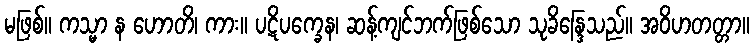
မဖြစ်။ ကသ္မာ န ဟောတိ၊ ကား။ ပဋိပက္ခေန၊ ဆန့်ကျင်ဘက်ဖြစ်သော သုခိန္ဒြေသည်။ အဝိဟတတ္တာ။